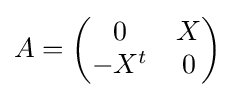
A={\begin{pmatrix}0&X\\-X^{t}&0\end{pmatrix}}